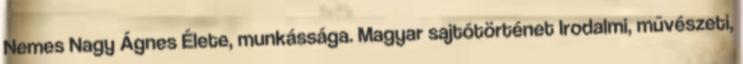
Nemes Nagy Ágnes Élete, munkássága. Magyar sajtótörténet Irodalmi, művészeti,